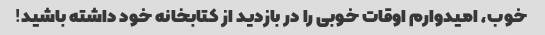
خوب، امیدوارم اوقات خوبی را در بازدید از کتابخانه خود داشته باشید!